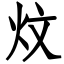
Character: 炆